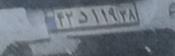
۴۲د۱۱۹۳۸